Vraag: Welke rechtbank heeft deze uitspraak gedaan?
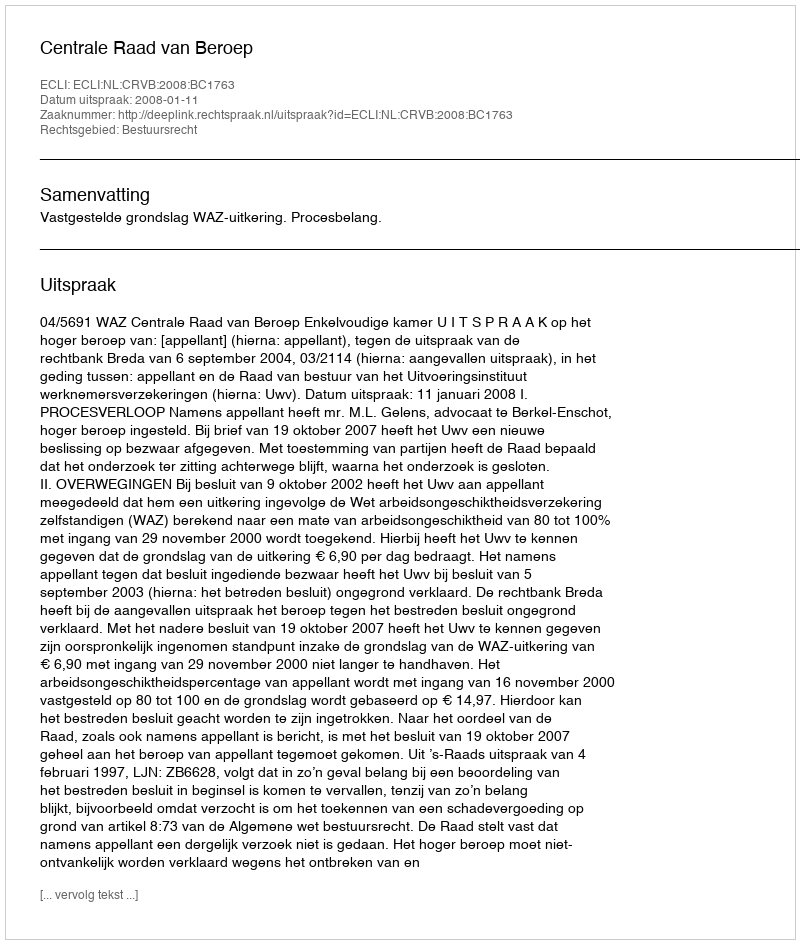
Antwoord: Centrale Raad van Beroep